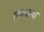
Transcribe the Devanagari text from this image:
सर्कसचा